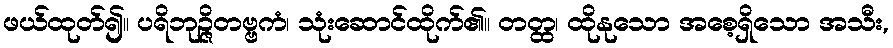
ဖယ်ထုတ်၍။ ပရိဘုဉ္ဇိတဗ္ဗကံ၊ သုံးဆောင်ထိုက်၏။ တတ္ထ၊ ထိုနုသော အစေ့ရှိသော အသီး,